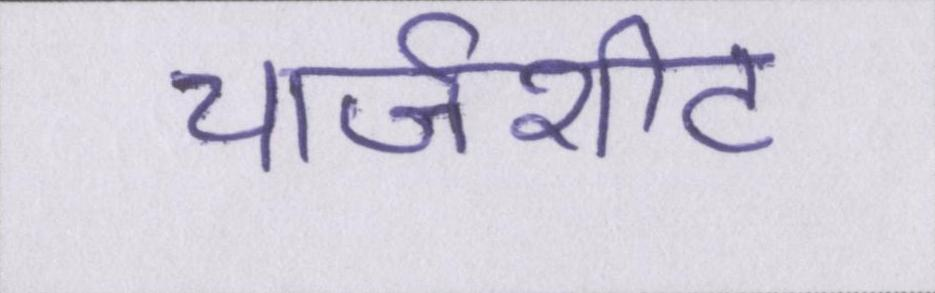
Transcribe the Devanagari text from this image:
चार्जशीट